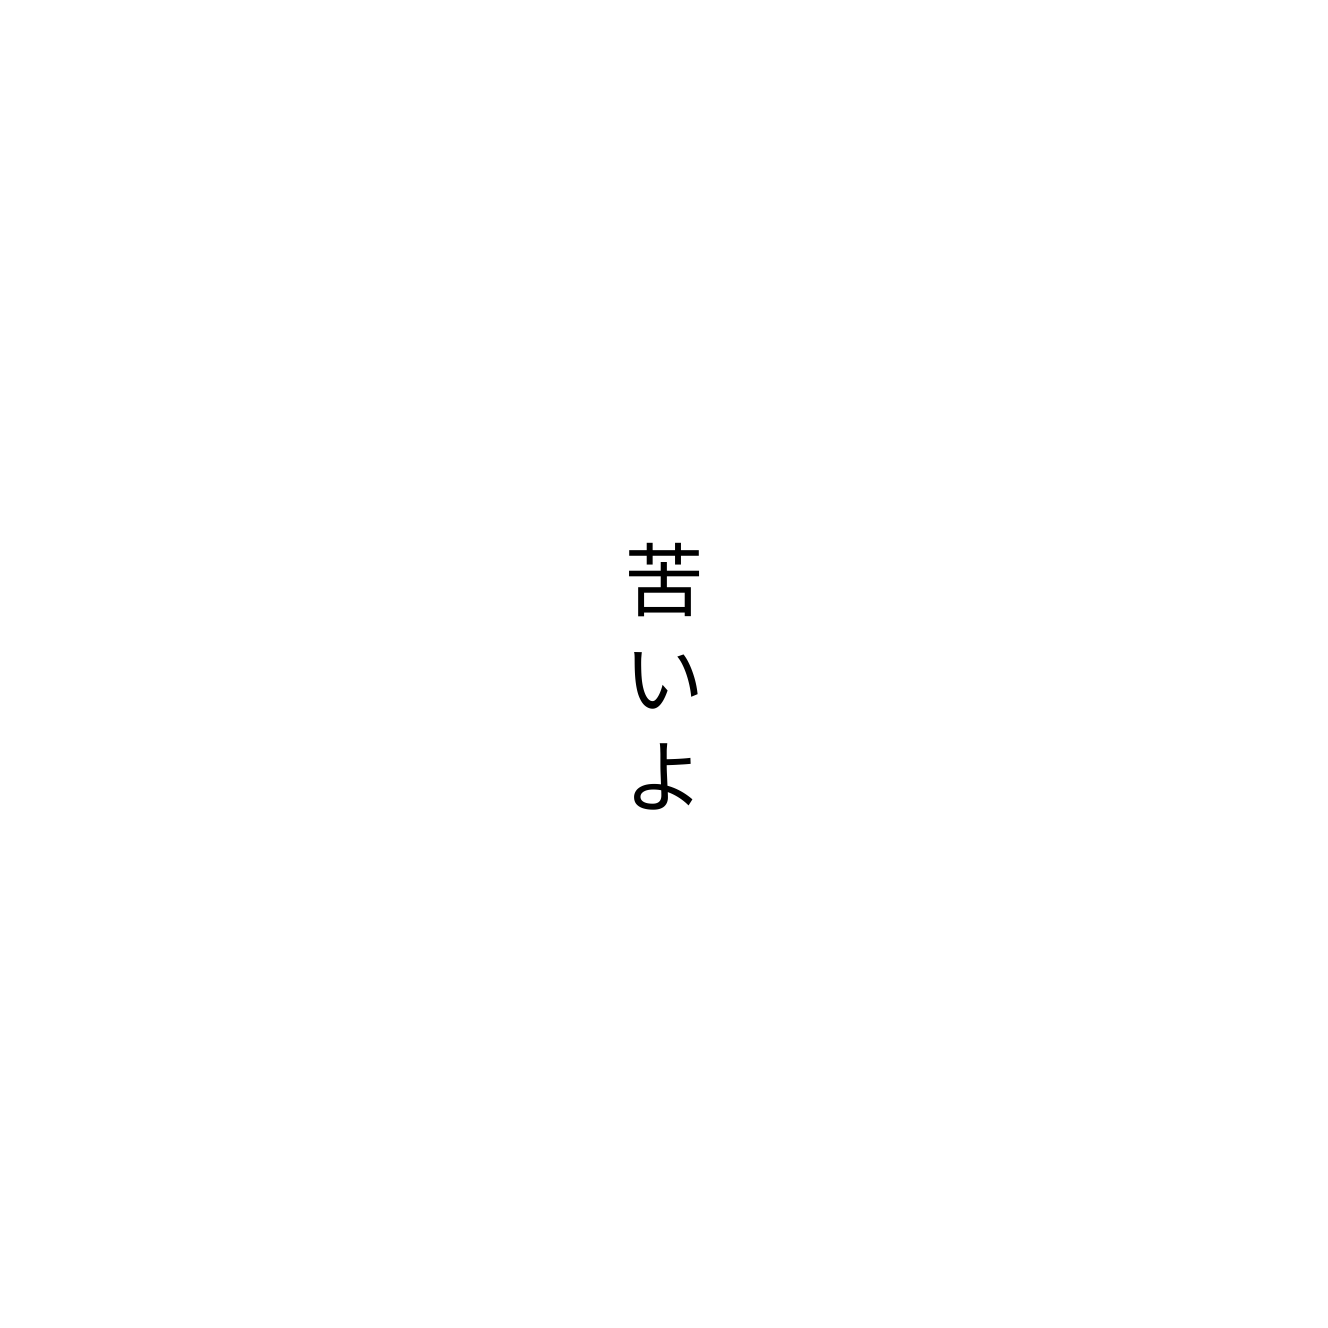
苦いよ